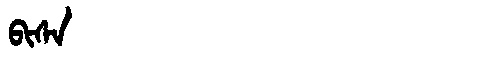
Manchu: ᠪᡳᠰᠠ
Romanization: BISA